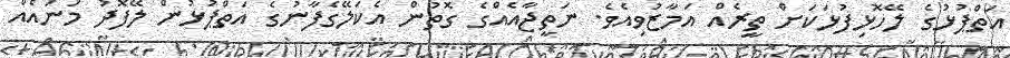
އަތްޕުޅުގެ ލޭހޮޅިފުޅަކަށް ތީރެއް އަމާޒުވިއެވެ. ނަތީޖާއެއްގެ ގޮތުން އެކަލޭގެފާނުގެ އަތްޕުޅުން ލޭފޮދު މަނައެއް